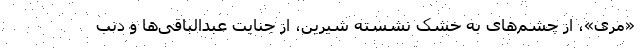
«مری»، از چشم‌های به خشک نشسته شیرین، از جنایت عبدالباقی‌ها و دنب